Report of the King Institute of Preventive Medicine, Guindy
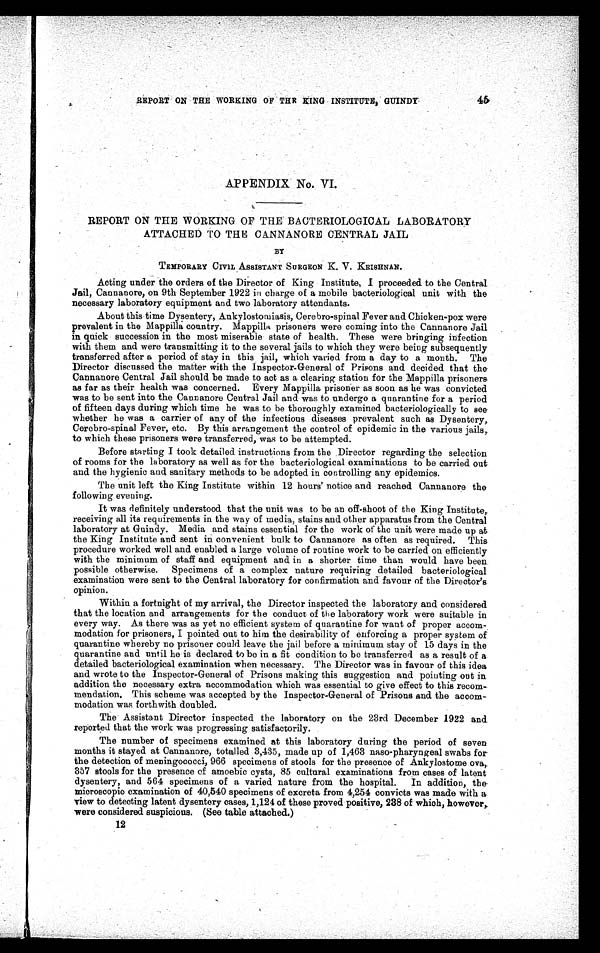
45
REPORT ON THE WORKING OF THE KING INSTITUTE, GUINDY
APPENDIX No. VI.
REPORT ON THE WORKING OF THE BACTERIOLOGICAL LABORATORY
ATTACHED TO THE CANNANORE CENTRAL JAIL
BY
TEMPORARY CIVIL ASSISTANT SURGEON K. V. KRISHNAN.
Acting under the orders of the Director of King Institute, I proceeded to the Central
Jail, Cannanore, on 9th September 1922 in charge of a mobile bacteriological unit with the
necessary laboratory equipment and two laboratory attendants.
About this time Dysentery, Ankylostomiasis, Cerebro-spinal Fever and Chicken-pox were
prevalent in the Mappilla country. Mappilla prisoners were coming into the Cannanore Jail
in quick succession in the most miserable state of health. These were bringing infection
with them and were transmitting it to the several jails to which they were being subsequently
transferred after a period of stay in this jail, which varied from a day to a month. The
Director discussed the matter with the Inspector-General of Prisons and decided that the
-Cannanore Central Jail should be made to act as a clearing station for the Mappilla prisoners
as far as their health was concerned. Every Mappilla prisoner as soon as he was convicted
was to be sent into the Cannanore Central Jail and was to undergo a quarantine for a period
of fifteen days during which time he was to be thoroughly examined bacteriologically to see
whether he was a carrier of any of the infectious diseases prevalent such as Dysentery,
Cerebro-spinal Fever, etc. By this arrangement the control of epidemic in the various jails,
to which these prisoners were transferred, was to be attempted.
Before starting I took detailed instructions from the Director regarding the selection
of rooms for the laboratory as well as for the bacteriological examinations to be carried out
and the hygienic and sanitary methods to be adopted in controlling any epidemics.
The unit left the King Institute within 12 hours' notice and reached Cannanore the
followin g evening.
It was definitely understood that the unit was to be an off-shoot of the King Institute,
receiving all its requirements in the way of media, stains and other apparatus from the Central
laboratory at Guindy. Media and stains essential for the work of the unit were made up at
the King Institute and sent in convenient bulk to Cannanore as often as required. This
procedure worked well and enabled a large volume of routine work to be carried on efficiently
with the minimum of staff and equipment and in a shorter time than would have been
possible otherwise. Specimens of a complex nature requiring detailed bacteriological
examination were sent to the Central laboratory for confirmation and favour of the Director's
opinion.
Within a fortnight of my arrival, the Director inspected the laboratory and considered
that the location and arrangements for the conduct of the laboratory work were suitable in
every way. As there was as yet no efficient system of quarantine for want of proper accom
- m o d a t i o n f o r p r i s o n e r s , I p o i n t e d o u t t o h i m t h e d e s i r a b i l i t y o f e n f o r c i n g a p r o p e r s y s t e m o f
quarantine whereby no prisoner could leave the jail before a minimum stay of 15 days in the
quarantine and until he is declared to be in a fit condition to be transferred as a result of a
detailed bacteriological examination when necessary. The Director was in favour of this idea
and wrote to the Inspector-General of Prisons making this suggestion and pointing out in
addition the necessary extra accommodation which was essential to give effect to this recom
-mendation. This scheme was accepted by the Inspector-General of Prisons and the accom
- m o d a t i o n w a s f o r t h w i t h d o u b l e d .
The Assistant Director inspected the laboratory on the 23rd December 1922 and
reported that the work was progressing satisfactorily.
The number of specimens examined at this laboratory during the period of seven
months it stayed at Cannanore, totalled 3,435, made up of 1,463 naso-pharyngeal swabs for
- t h e d e t e c t i o n o f m e n i n g o c o c c i , 9 6 6 s p e c i m e n s o f s t o o l s f o r t h e p r e s e n c e o f A n k y l o s t o m e o v a ,
357 stools for the presence of amoebic cysts, 85 cultural examinations from cases of latent
dysentery, and 564 specimens of a varied nature from the hospital. In addition, the
- m i c r o s c o p i c e x a m i n a t i o n o f 4 0 , 5 4 0 s p e c i m e n s o f e x c r e t a f r o m 4 , 2 5 4 c o n v i c t s w a s m a d e w i t h a
view to detecting latent dysentery cases, 1,124 of these proved positive, 238 of which, however,
were considered suspicious. (See table attached.)
12